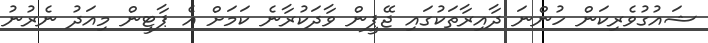
ޝައުގުވެރިކަން ހުންނަ ދާއިރާތަކުގައި ޖޭޕީން ވާދަކުރާނެ ކަމަށް އެ ޕާޓީން މިއަދު ނެރުނު